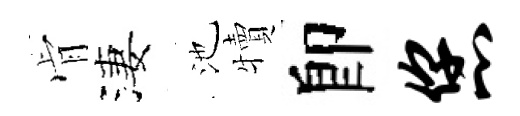
肻淒池犢卽您